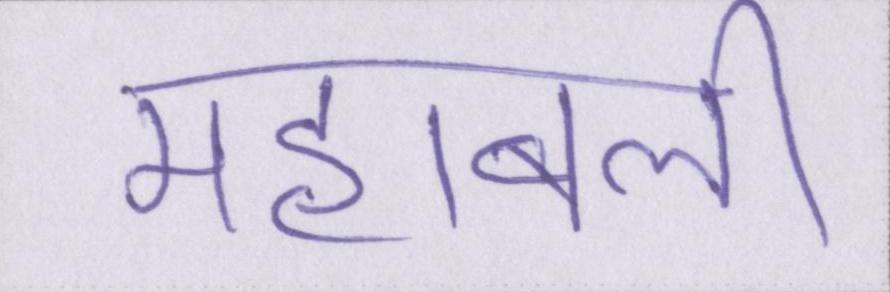
महाबली